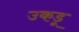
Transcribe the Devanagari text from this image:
उकडू